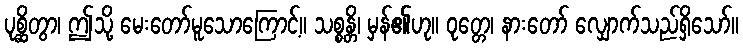
ပုစ္ဆိတွာ၊ ဤသို့ မေးတော်မူသောကြောင့်။ သစ္စန္တိ၊ မှန်၏ဟု။ ဝုတ္တေ၊ နားတော် လျှောက်သည်ရှိသော်။